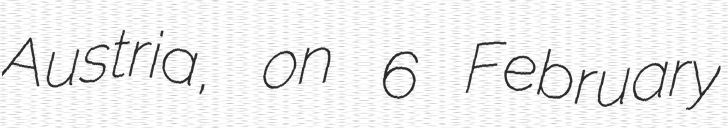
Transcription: Austria, on 6 February